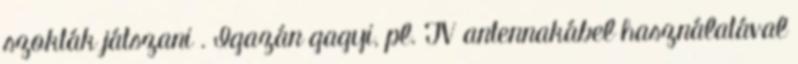
szokták játszani . Igazán gagyi, pl. TV antennakábel használatával